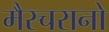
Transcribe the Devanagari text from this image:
मैस्चरानो